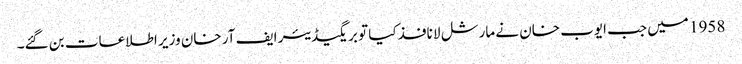
1958 میں جب ایوب خان نے مارشل لا نافذ کیا تو بریگیڈیئر ایف آر خان وزیر اطلاعات بن گئے۔